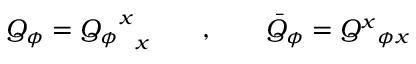
{ Q } _ { \phi } = { { { Q } _ { \phi } } ^ { x } } _ { x } \qquad , \qquad \bar { Q } _ { \phi } = { { Q } ^ { x } } { _ { \phi x } }